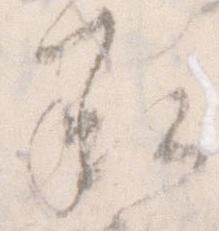
承